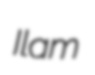
Ilam